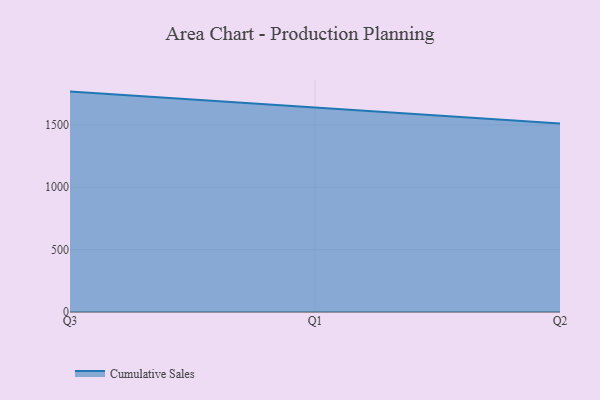
{"axis": {"x": "Quarter", "y": "Net Income (USD K)"}, "legend": ["Cumulative Sales"], "data": [{"x": "Q3", "y": 1766.3, "type": "Cumulative Sales"}, {"x": "Q1", "y": 1638.6, "type": "Cumulative Sales"}, {"x": "Q2", "y": 1511.0, "type": "Cumulative Sales"}]}